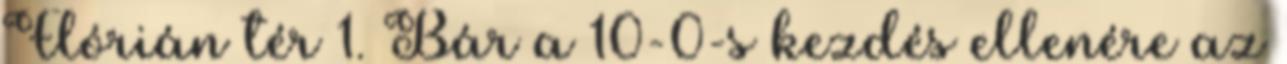
Flórián tér 1. Bár a 10-0-s kezdés ellenére az